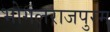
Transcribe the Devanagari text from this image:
भोगलराजपुरम